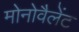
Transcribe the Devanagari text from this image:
मोनोवैलेंट